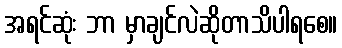
အရင်ဆုံး ဘာ မှာချင်လဲဆိုတာသိပါရစေ။